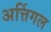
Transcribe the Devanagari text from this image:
अत्तिंगल